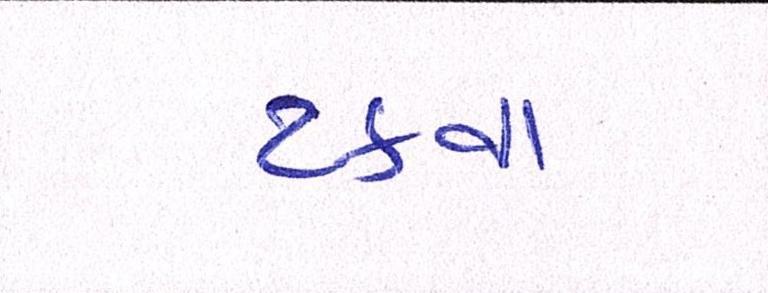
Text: ટકવા